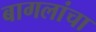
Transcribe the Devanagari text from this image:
बागलांचा